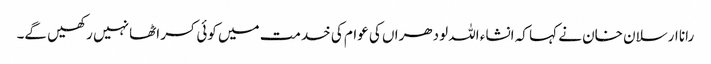
رانا ارسلان خان نے کہا کہ انشاء اللہ لودھراں کی عوام کی خدمت میں کوئی کسر اٹھا نہیں رکھیں گے۔